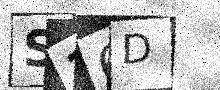
Text: S36D